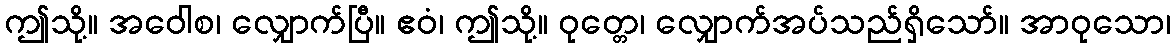
ဤသို့။ အဝေါစ၊ လျှောက်ပြီ။ ဧဝံ၊ ဤသို့။ ဝုတ္တေ၊ လျှောက်အပ်သည်ရှိသော်။ အာဝုသော၊